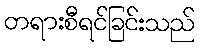
တရားစီရင်ခြင်းသည်